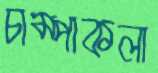
চাম্পাকলা